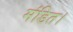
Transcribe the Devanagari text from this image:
मंडित।